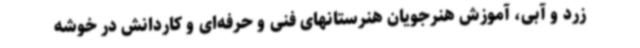
زرد و آبی، آموزش هنرجویان هنرستانهای فنی و حرفه‌ای و کاردانش در خوشه